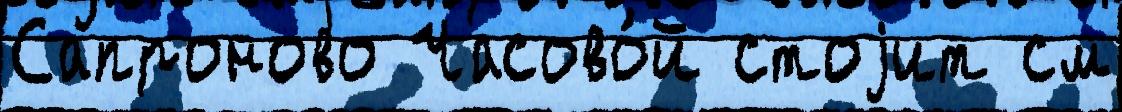
Сапроново Часово́й стоjит см